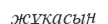
жұқасын